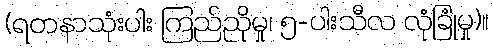
(ရတနာသုံးပါး ကြည်ညိုမှု၊ ၅-ပါးသီလ လုံခြုံမှု)။